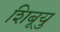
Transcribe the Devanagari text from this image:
शिबूयु